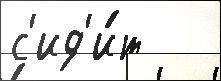
с'ид'и́т